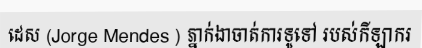
ដេស (Jorge Mendes ) ភ្នាក់ងាចាត់ការទូទៅ របស់កីឡាករ